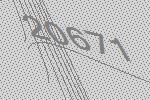
20671